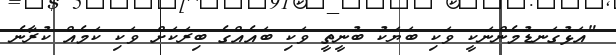
"އަޅުގަނޑުމެންނަކީ ވަކި ބަޔަކު ބުނީތީ ވަކި ބައެއްގެ ބިރަކަށް ވަކި ކަމެއް ކުރާނެ